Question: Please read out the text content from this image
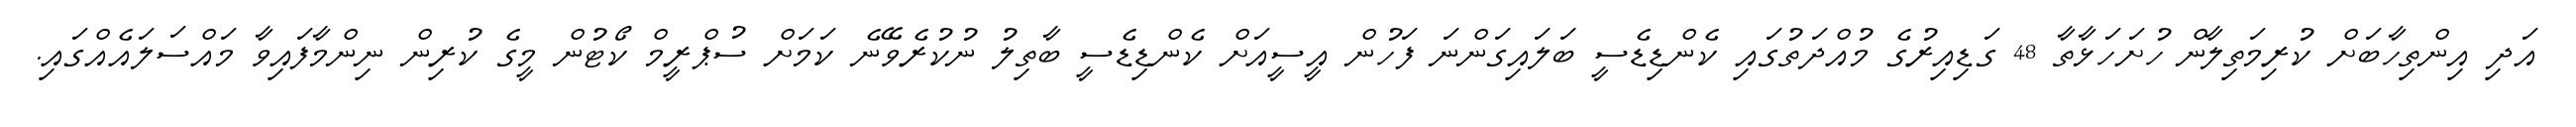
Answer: އަދި އިންތިހާބަށް ކުރިމަތިލާން ހުށަހަޅާތާ 48 ގަޑިއިރުގެ މުއްދަތުގައި ކެންޑިޑެސީ ބަލައިގަންނަ ފަހުން އީސީއަށް ކެންޑިޑެސީ ބާތިލު ނުކުރެވޭނެ ކަމަށް ސުޕްރީމް ކޯޓުން މީގެ ކުރިން ނިންމާފައިވާ މައްސަލައެއްގައި.